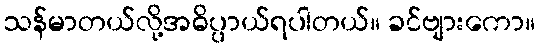
သန်မာတယ်လို့အဓိပ္ပာယ်ရပါတယ်။ ခင်ဗျားကော။